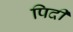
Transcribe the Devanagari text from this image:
पिदी